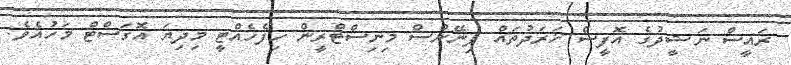
ރައީސް ނަޝީދުގެ އޮފީސް ޚަރަދުތައް ފިނޭންސް މިނިސްޓްރީން ހިފެހެއްޓީ މިދިޔަ އޮގަސްޓް މަހުއެވެ.